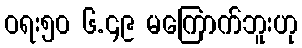
ဝရး၅၀ ၆.၄၉ မကြောက်ဘူးဟု